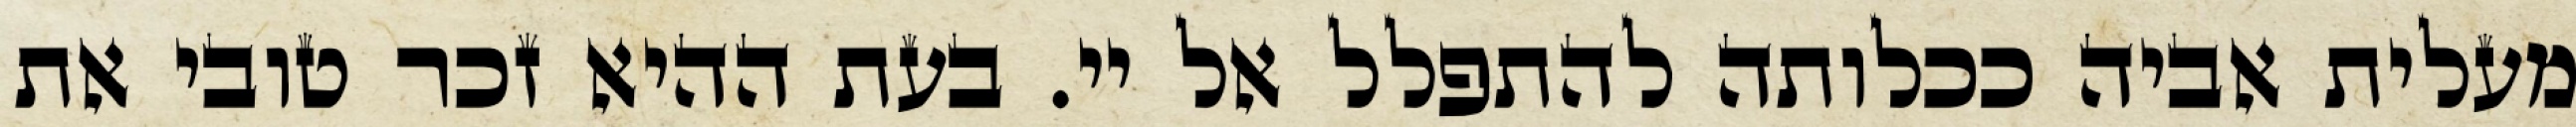
מעלית אביה ככלותה להתפלל אל יי. בעת ההיא זכר טובי את